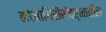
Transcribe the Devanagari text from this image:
कोजागिरीसंदर्भातील